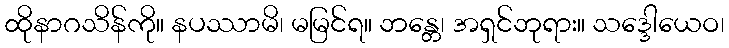
ထိုနာဂသိန်ကို။ နပဿာမိ၊ မမြင်ရ။ ဘန္တေ၊ အရှင်ဘုရား။ သဒ္ဒေါယေဝ၊